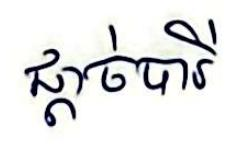
ផ្ដាច់បារី